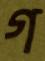
গ